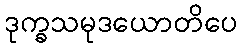
ဒုက္ခသမုဒယောတိပေ